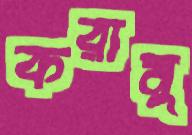
করামু